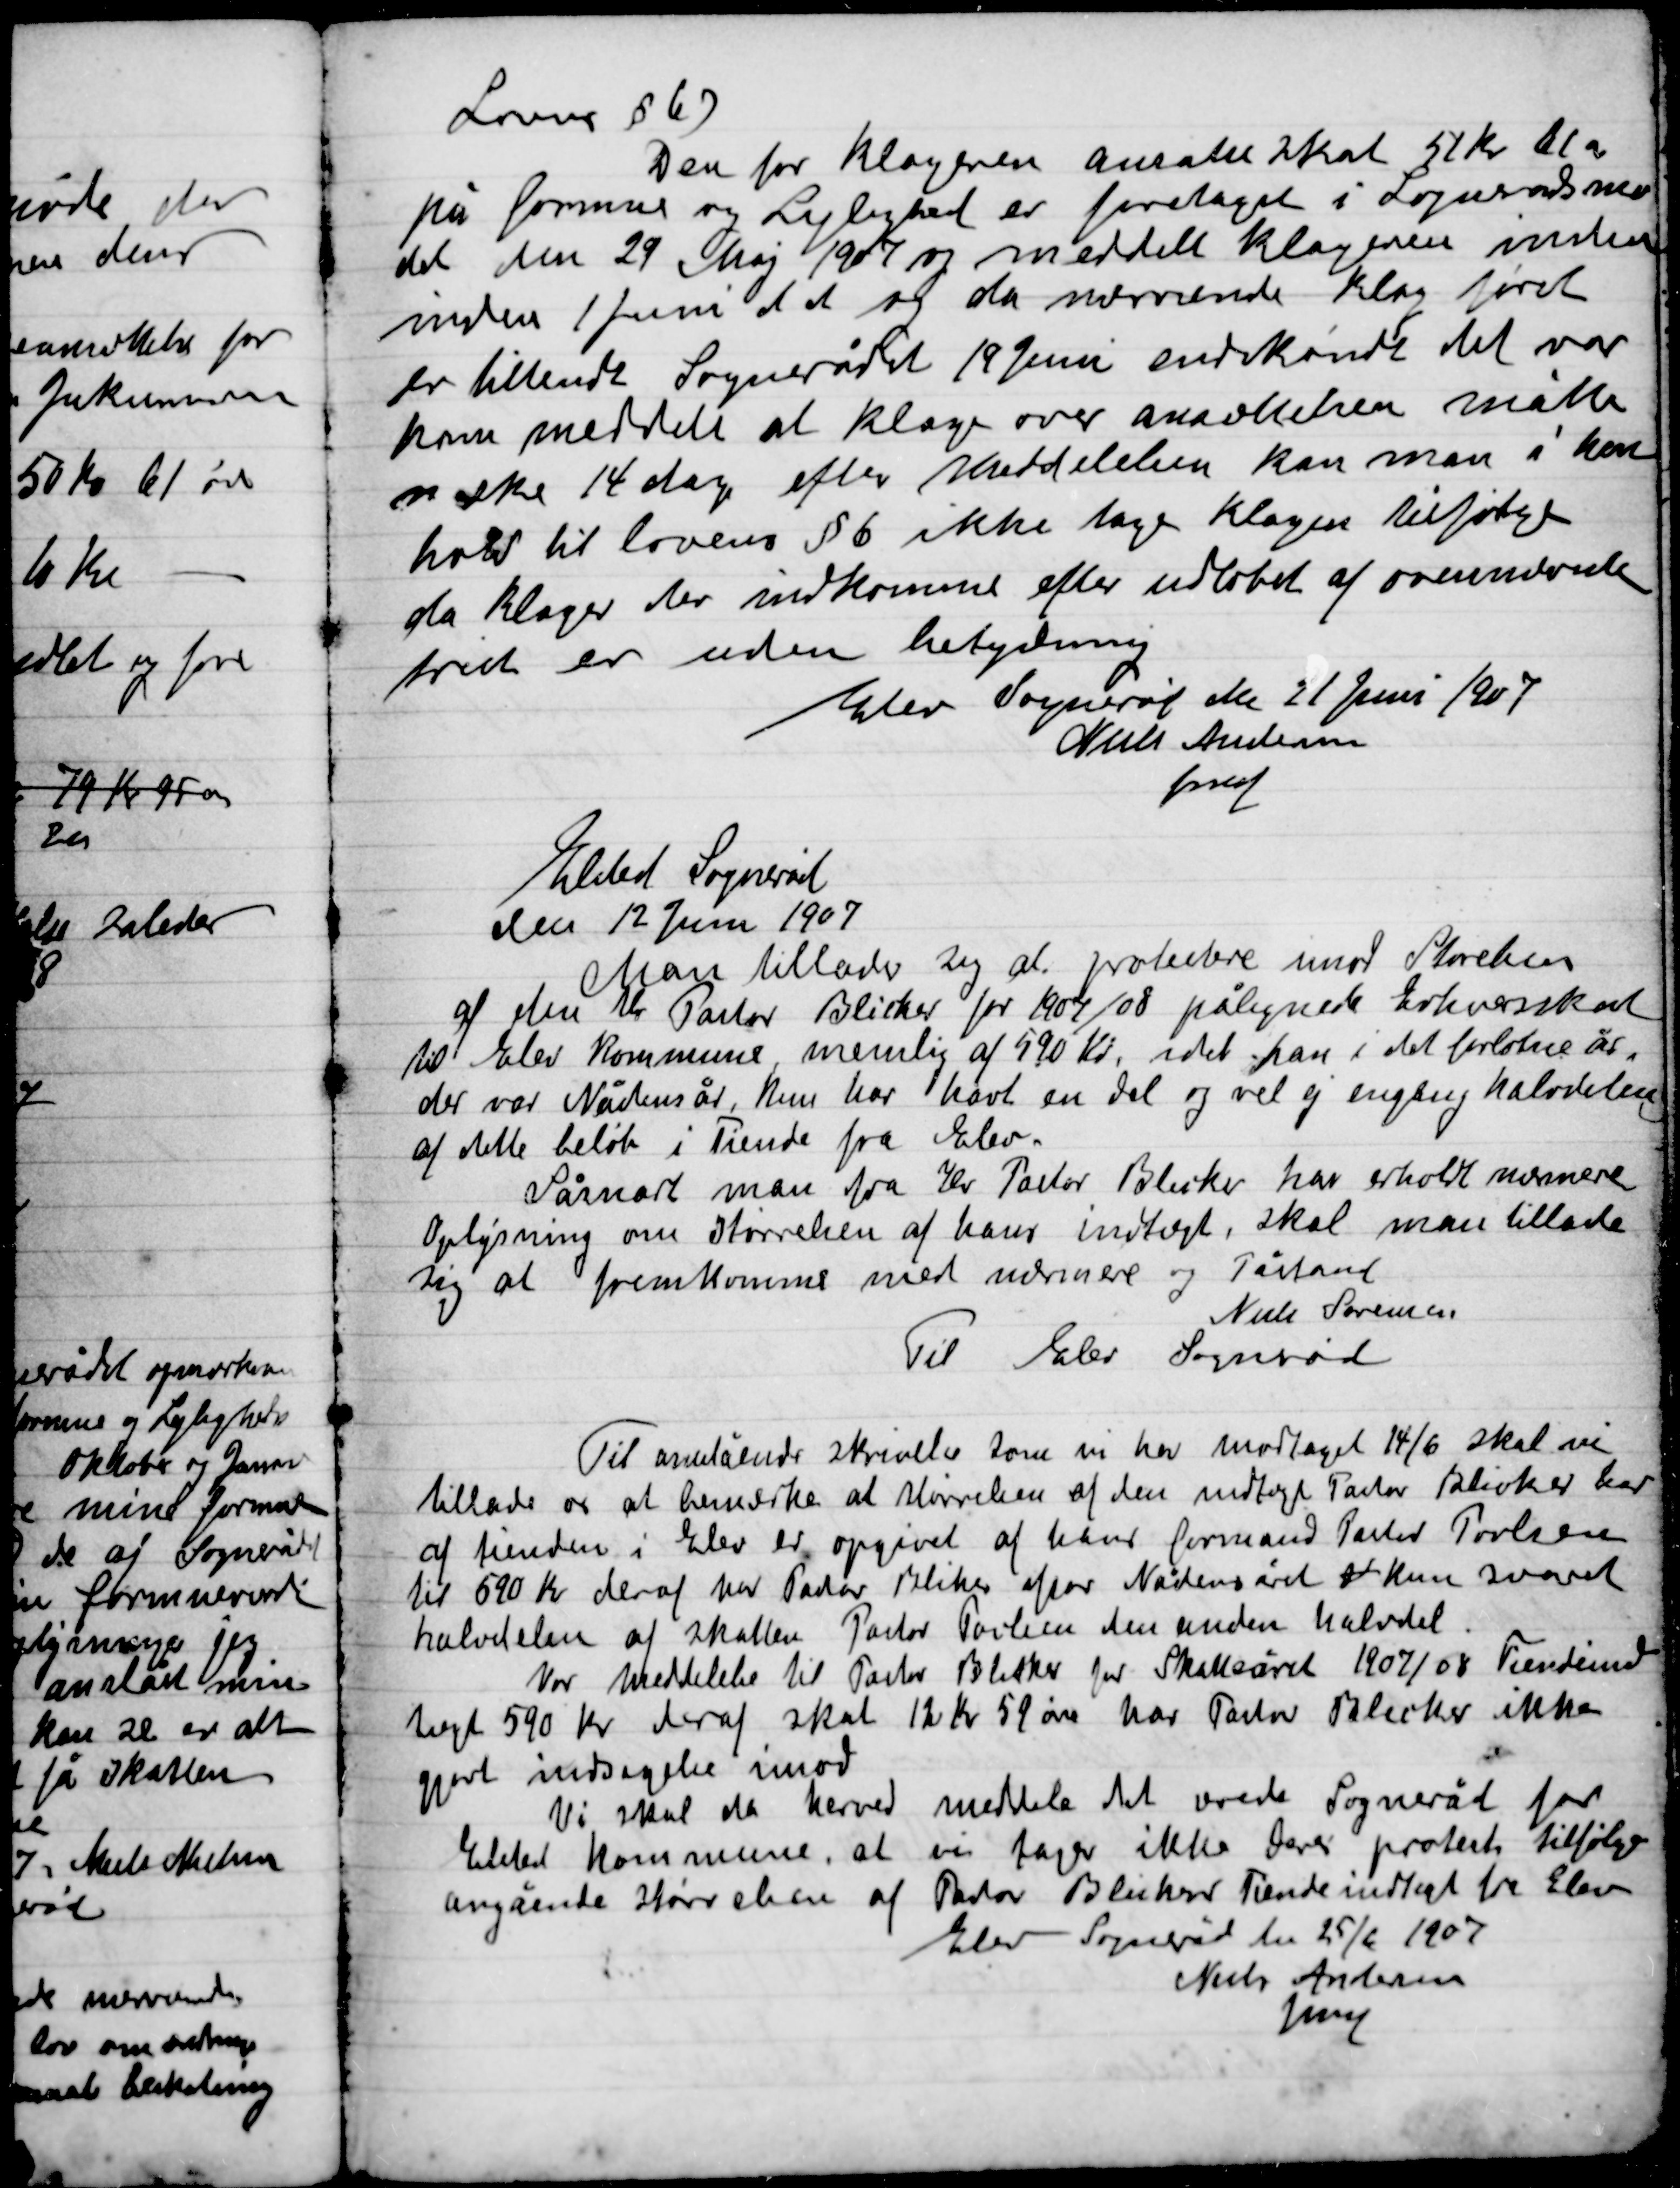
Transskription:
Loven § 67
Den for klageren ansatte skat 52 Kr. bl.a.
på formue og Lejlighed er foretaget i Sognerådsmø-
det den 29 Maj  1907 og meddelt Klageren inden
inden 1 Juni d.d. og da nærværende klage først
for tilsendt  Sognerådet 19 Juni endskønt det var
ham meddelt at over anvendelsen måtte
n ske 14 dag efter Meddelelsen kan man i hen-
holdt til lovens § 6 ikke tage klagen til følge
da klagen er indkommet efter udløbet af ovennævnte
frist er uden betydning.
Elev Sogneråd den 21 Juni 1907
Niels Andersen
fmd.

Elsted sogneråd
Den 12 Juni 1907
Man tillader at protestere imod Skrivelsen
af den Hr. Pastor Blicher for 1907/08 pålignede Erhvervsskat
til Elsted Kommune nemlig af 590 Kr. idet han i det forløben år
der var Nådens år, kun har havt en del og vel ej engang halvdelen
af dette beløb i Tiende fra Elev.
Så snart man fra Hr. Pastor Blicher har erholdt nærmere
Oplysning om Størrelsen af hans indtægt, skal man tillade
sig at fremkomme med udrinere og Påstand
Niels Sørensen
Til Elev sogneråd

Til ovenstående skrivelse som vi har modtaget 14/6 skal v	i
tillade os at bemærke at størrelsen af den modtaget Pastor Blicher har
af tienden i Elev er opgivet af hans formand Pastor Poulsen
til 590 Kr. deraf Pastor Blicher efter Nådens året af kun svaret
halvdelen af skatten Pastor Poulsen den anden halvdel.
Vor meddelelse til Pastor Blicher for Skatteåret 1907/08 Tiende
taget 590 Kr. deraf skal 12 Kr. 59 Øre har Pastor Blicher ikke
gjort indsigelse imod.
Vi skal da herved meddele det ærede Sogneråd for
Elsted Kommune at vi tager ikke deres protest til følge
angående størrelsen af Pastor Blicher Tiende indtægt fra Elev
Elev Sogneråd den 25/6 1907
Niels Andersen
fmd.